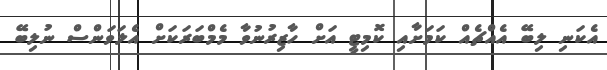
އެކަނި ލިބޭ އެއްޗެއް ކަމަށާއި ކޮމިޓީ އަށް ހާޒިރުނުވާ މެމްބަރަކަށް އެލަވަންސް ނުލިބޭ